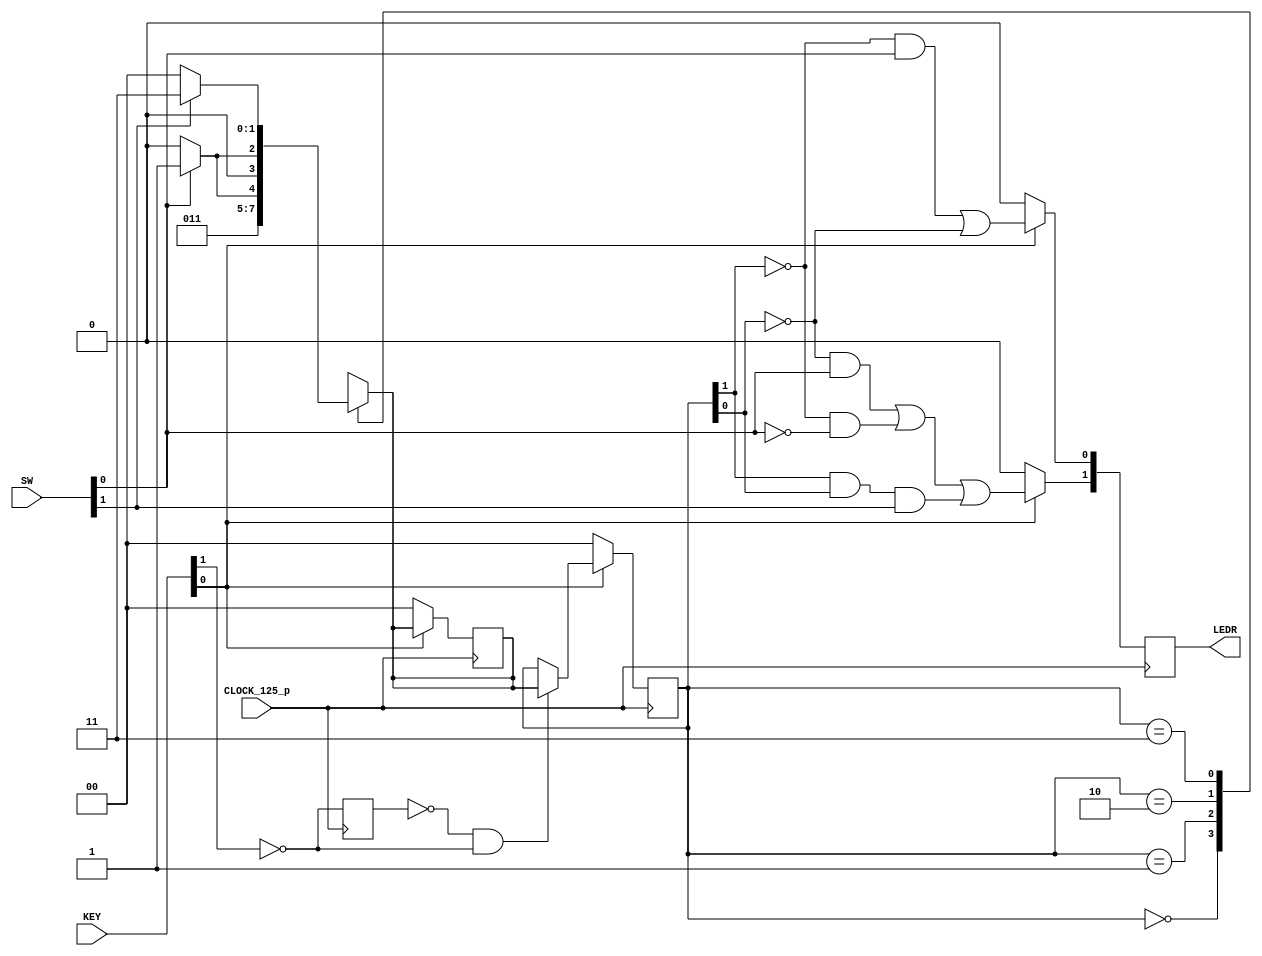
`timescale 1ns / 1ps

module lab3(
        ///////// CLOCK /////////
      input              CLOCK_125_p, ///LVDS
      ///////// KEY ///////// 1.2 V ///////
      input       [1:0]  KEY,
      ///////// LEDR ///////// 2.5 V ///////
      output      [1:0]  LEDR,
      ///////// SW ///////// 1.2 V ///////
      input       [1:0]  SW
);

	wire clk;
	wire rst;
	wire button;
	wire[1:0] switches;
	wire buttonTrigger;
	wire rstDeb;
	reg [1:0] leds;
	
	assign LEDR[1:0]= leds;
	assign clk = CLOCK_125_p;
	assign switches = SW[1:0];
	assign button = !KEY[1];
	assign rst = !KEY[0];
	
	parameter green = 2'b00, blue = 2'b01, pink = 2'b10, yellow = 2'b11;


	reg[1:0] next_state;
	reg[1:0] current_state;
	reg buttonPrev;

	
	assign buttonTrigger = !buttonPrev & button; 


	always @(posedge clk) begin
		buttonPrev <= button;
		
		if(rst) begin
			current_state <= green;
			next_state <= green;
		end else if(buttonTrigger ) begin
			current_state <= next_state;
		end
	end


	always @(switches,current_state)begin
			case(current_state)
				green   : next_state <= blue;
				blue    : next_state <= switches[0] == 1 ? yellow : pink;
				pink    : next_state <= switches[0] == 1 ? blue : green;
				yellow  : next_state <= switches[1] == 1 ? yellow : green;
				default : begin
					current_state <= green;
					next_state <= blue;
				end
			endcase
	end


	always @(posedge clk) begin
		if(rst) begin
			leds[0] <= 0;
			leds[1] <= 0;
		end
		else begin
			leds[0] <= !current_state[1] && switches[0] || !current_state[0]; 
			leds[1] <= !current_state[0] && switches[0] || !current_state[1] && !switches[0] || current_state[1] && current_state[0] && switches[1]; 
		end
	end

endmodule